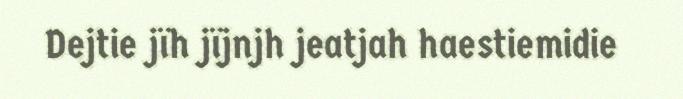
Dejtie jïh jïjnjh jeatjah haestiemidie